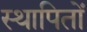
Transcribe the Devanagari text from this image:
स्थापितों